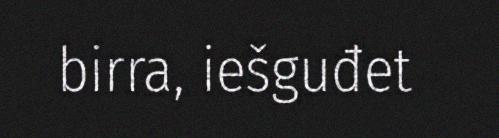
birra, iešguđet